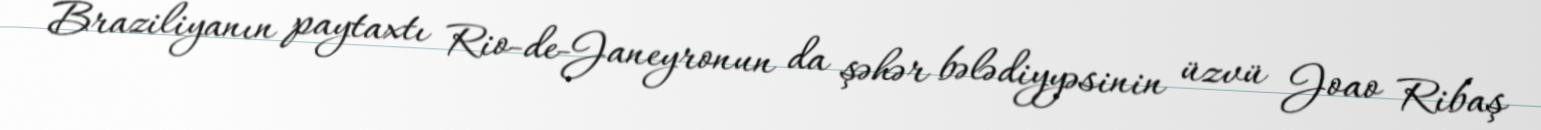
Braziliyanın paytaxtı Rio-de-Janeyronun da şəhər bələdiyyəsinin üzvü Joao Ribaş